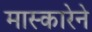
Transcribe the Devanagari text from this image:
मास्कारेने